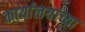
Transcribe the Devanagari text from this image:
कार्यालयांच्या